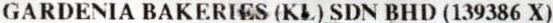
GARDENIA BAKERIES (KL) SDN BHD (139386 X)